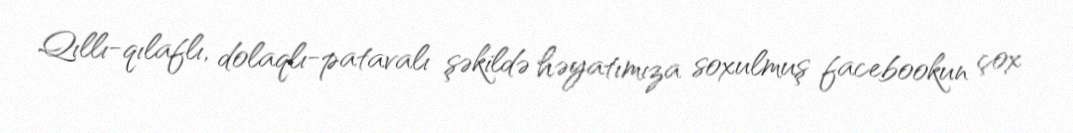
Qıllı-qılaflı, dolaqlı-patavalı şəkildə həyatımıza soxulmuş facebookun çox